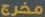
مخرج